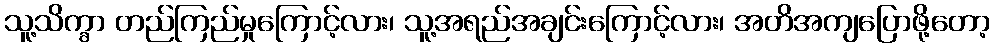
သူ့သိက္ခာ တည်ကြည်မှုကြောင့်လား၊ သူ့အရည်အချင်းကြောင့်လား၊ အတိအကျပြောဖို့တော့